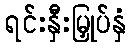
ရင်းနှီးမြှုပ်နှံ